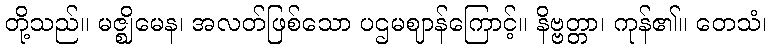
တို့သည်။ မဇ္ဈိမေန၊ အလတ်ဖြစ်သော ပဌမဈာန်ကြောင့်။ နိဗ္ဗတ္တာ၊ ကုန်၏။ တေသံ၊